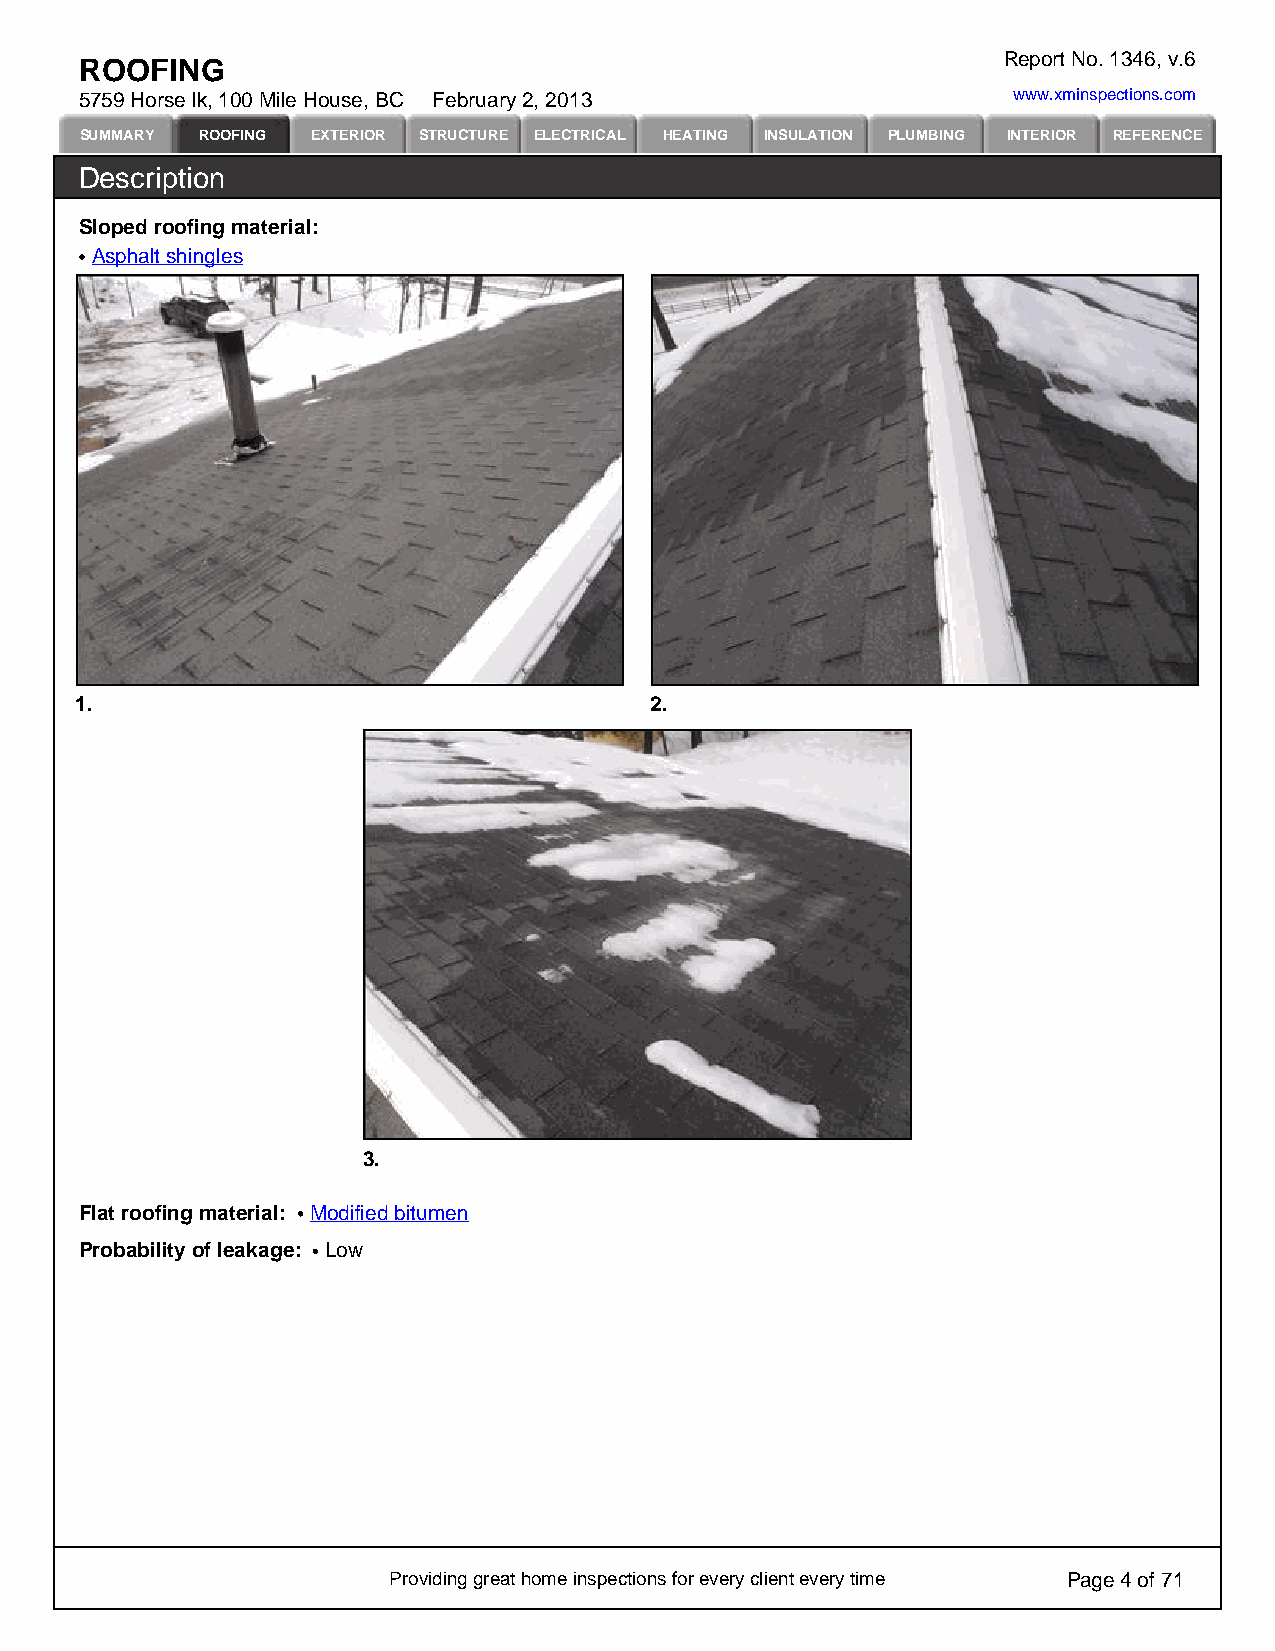
Report No. 1346, v.6
 ROOFING
 5759 Horse lk, 100 Mile House, BC February 2, 2013            www.xminspections.com
 SUMMARY ROOFING EXTERIOR STRUCTURE ELECTRICAL HEATING INSULATION PLUMBING INTERIOR REFERENCE
 Description
 Sloped roofing material:
 Asphalt shingles
 1.                                    2.
 3.
 Flat roofing material: Modified bitumen
 Probability of leakage: Low
 Providing great home inspections for every client every time Page 4 of 71